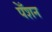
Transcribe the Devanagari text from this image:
पेँशन